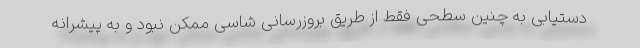
دستیابی به چنین سطحی فقط از طریق بروزرسانی شاسی ممکن نبود و به پیشرانه